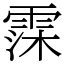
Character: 霂